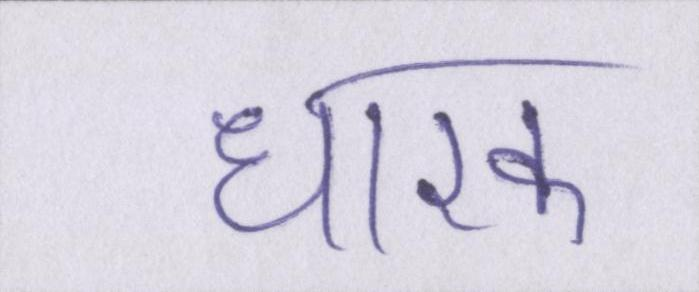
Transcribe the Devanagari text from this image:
धारक